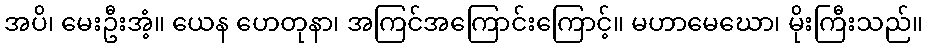
အပိ၊ မေးဦးအံ့။ ယေန ဟေတုနာ၊ အကြင်အကြောင်းကြောင့်။ မဟာမေဃော၊ မိုးကြီးသည်။